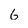
Character: 6